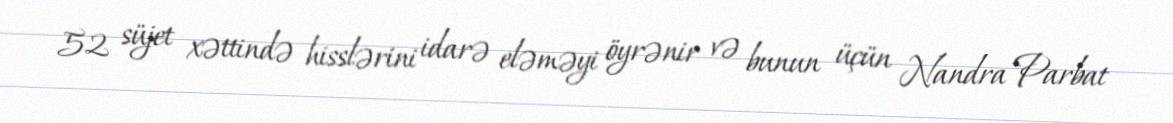
52 süjet xəttində hisslərini idarə eləməyi öyrənir və bunun üçün Nandra Parbat